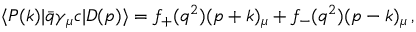
\langle P ( k ) | \bar { q } \gamma _ { \mu } c | D ( p ) \rangle = f _ { + } ( q ^ { 2 } ) ( p + k ) _ { \mu } + f _ { - } ( q ^ { 2 } ) ( p - k ) _ { \mu } \, ,